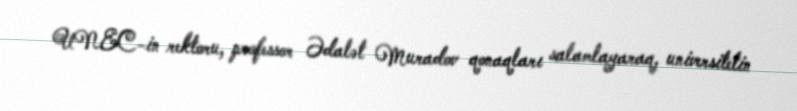
UNEC-in rektoru, professor Ədalət Muradov qonaqları salamlayaraq, universitetin